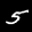
Label: 5